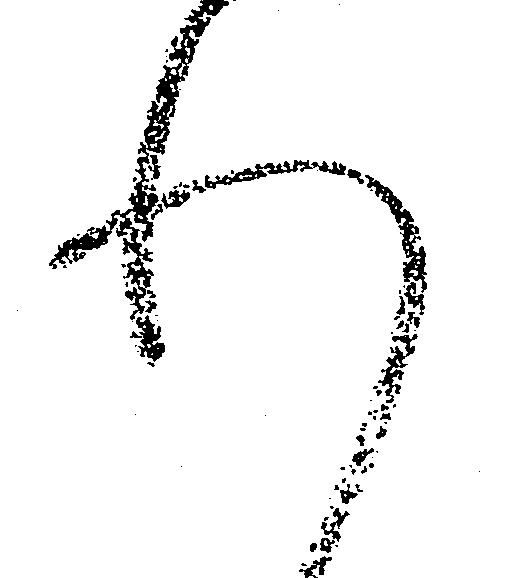
れ